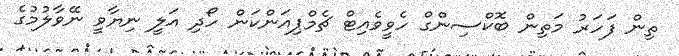
ތިން ފަހަރު މަތިން ބޮކްސިންގް ހެވީވެއިޓް ޗެމްޕިއަންކަން ހޯދި އަލީ ނިޔާވީ ނޭވާލުމުގެ